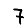
Digit: 7